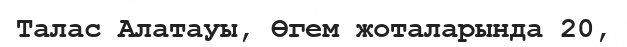
Талас Алатауы, Өгем жоталарында 20,